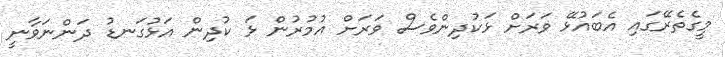
މީގެތެރޭގައި އެބައުޅޭ ވަރަށް ޅަކުދިންވެސް ވަރަށް އުމުރުން ޅަ ކުދިން އަޅުގަނޑު ދަންނަވާނީ